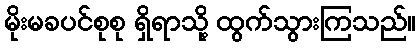
မိုးမခပင်စုစု ရှိရာသို့ ထွက်သွားကြသည်။